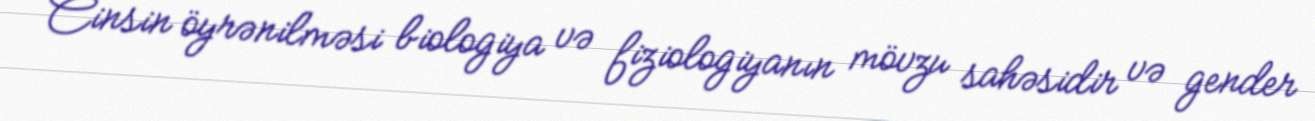
Cinsin öyrənilməsi biologiya və fiziologiyanın mövzu sahəsidir və gender